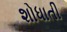
શોધાતી